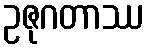
ဥဇုဂတာဿ